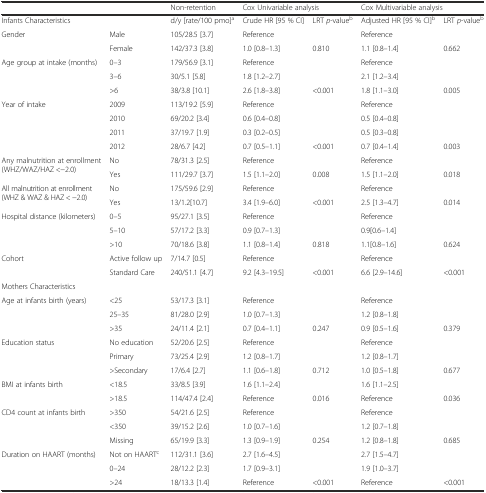
<table><thead><tr><td></td><td></td><td><b>Non-retention</b></td><td colspan="2"><b>Cox Univariable analysis</b></td><td colspan="2"><b>Cox Multivariable analysis</b></td></tr></thead><tbody><tr><td>Infants Characteristics</td><td></td><td>d/y [rate/100 pmo]<sup>a</sup></td><td>Crude HR [95 % CI]</td><td>LRT <i>p</i>-value<sup>b</sup></td><td>Adjusted HR [95 % CI]<sup>b</sup></td><td>LRT <i>p</i>-value<sup>b</sup></td></tr><tr><td rowspan="2">Gender</td><td>Male</td><td>105/28.5 [3.7]</td><td>Reference</td><td></td><td>Reference</td><td></td></tr><tr><td>Female</td><td>142/37.3 [3.8]</td><td>1.0 [0.8–1.3]</td><td>0.810</td><td>1.1 [0.8–1.4]</td><td>0.662</td></tr><tr><td rowspan="3">Age group at intake (months)</td><td>0–3</td><td>179/56.9 [3.1]</td><td>Reference</td><td></td><td>Reference</td><td></td></tr><tr><td>3–6</td><td>30/5.1 [5.8]</td><td>1.8 [1.2–2.7]</td><td></td><td>2.1 [1.2–3.4]</td><td></td></tr><tr><td>&gt;6</td><td>38/3.8 [10.1]</td><td>2.6 [1.8–3.8]</td><td>&lt;0.001</td><td>1.8 [1.1–3.0]</td><td>0.005</td></tr><tr><td rowspan="4">Year of intake</td><td>2009</td><td>113/19.2 [5.9]</td><td>Reference</td><td></td><td>Reference</td><td></td></tr><tr><td>2010</td><td>69/20.2 [3.4]</td><td>0.6 [0.4–0.8]</td><td></td><td>0.5 [0.4–0.8]</td><td></td></tr><tr><td>2011</td><td>37/19.7 [1.9]</td><td>0.3 [0.2–0.5]</td><td></td><td>0.5 [0.3–0.8]</td><td></td></tr><tr><td>2012</td><td>28/6.7 [4.2]</td><td>0.7 [0.5–1.1]</td><td>&lt;0.001</td><td>0.7 [0.4–1.4]</td><td>0.003</td></tr><tr><td rowspan="2">Any malnutrition at enrollment (WHZ/WAZ/HAZ &lt;−2.0)</td><td>No</td><td>78/31.3 [2.5]</td><td>Reference</td><td></td><td>Reference</td><td></td></tr><tr><td>Yes</td><td>111/29.7 [3.7]</td><td>1.5 [1.1–2.0]</td><td>0.008</td><td>1.5 [1.1–2.0]</td><td>0.018</td></tr><tr><td rowspan="2">All malnutrition at enrollment (WHZ &amp; WAZ &amp; HAZ &lt; −2.0)</td><td>No</td><td>175/59.6 [2.9]</td><td>Reference</td><td></td><td>Reference</td><td></td></tr><tr><td>Yes</td><td>13/1.2[10.7]</td><td>3.4 [1.9–6.0]</td><td>&lt;0.001</td><td>2.5 [1.3–4.7]</td><td>0.014</td></tr><tr><td rowspan="3">Hospital distance (kilometers)</td><td>0–5</td><td>95/27.1 [3.5]</td><td>Reference</td><td></td><td>Reference</td><td></td></tr><tr><td>5–10</td><td>57/17.2 [3.3]</td><td>0.9 [0.7–1.3]</td><td></td><td>0.9[0.6–1.4]</td><td></td></tr><tr><td>&gt;10</td><td>70/18.6 [3.8]</td><td>1.1 [0.8–1.4]</td><td>0.818</td><td>1.1[0.8–1.6]</td><td>0.624</td></tr><tr><td rowspan="2">Cohort</td><td>Active follow up</td><td>7/14.7 [0.5]</td><td>Reference</td><td></td><td>Reference</td><td></td></tr><tr><td>Standard Care</td><td>240/51.1 [4.7]</td><td>9.2 [4.3–19.5]</td><td>&lt;0.001</td><td>6.6 [2.9–14.6]</td><td>&lt;0.001</td></tr><tr><td colspan="7">Mothers Characteristics</td></tr><tr><td rowspan="3">Age at infants birth (years)</td><td>&lt;25</td><td>53/17.3 [3.1]</td><td>Reference</td><td></td><td>Reference</td><td></td></tr><tr><td>25–35</td><td>81/28.0 [2.9]</td><td>1.0 [0.7–1.3]</td><td></td><td>1.2 [0.8–1.8]</td><td></td></tr><tr><td>&gt;35</td><td>24/11.4 [2.1]</td><td>0.7 [0.4–1.1]</td><td>0.247</td><td>0.9 [0.5–1.6]</td><td>0.379</td></tr><tr><td rowspan="3">Education status</td><td>No education</td><td>52/20.6 [2.5]</td><td>Reference</td><td></td><td>Reference</td><td></td></tr><tr><td>Primary</td><td>73/25.4 [2.9]</td><td>1.2 [0.8–1.7]</td><td></td><td>1.2 [0.8–1.7]</td><td></td></tr><tr><td>&gt;Secondary</td><td>17/6.4 [2.7]</td><td>1.1 [0.6–1.8]</td><td>0.712</td><td>1.0 [0.5–1.8]</td><td>0.677</td></tr><tr><td rowspan="2">BMI at infants birth</td><td>&lt;18.5</td><td>33/8.5 [3.9]</td><td>1.6 [1.1–2.4]</td><td></td><td>1.6 [1.1–2.5]</td><td></td></tr><tr><td>&gt;18.5</td><td>114/47.4 [2.4]</td><td>Reference</td><td>0.016</td><td>Reference</td><td>0.036</td></tr><tr><td rowspan="3">CD4 count at infants birth</td><td>&gt;350</td><td>54/21.6 [2.5]</td><td>Reference</td><td></td><td>Reference</td><td></td></tr><tr><td>&lt;350</td><td>39/15.2 [2.6]</td><td>1.0 [0.7–1.6]</td><td></td><td>1.2 [0.7–1.8]</td><td></td></tr><tr><td>Missing</td><td>65/19.9 [3.3]</td><td>1.3 [0.9–1.9]</td><td>0.254</td><td>1.2 [0.8–1.8]</td><td>0.685</td></tr><tr><td rowspan="3">Duration on HAART (months)</td><td>Not on HAART<sup>c</sup></td><td>112/31.1 [3.6]</td><td>2.7 [1.6–4.5]</td><td></td><td>2.7 [1.5–4.7]</td><td></td></tr><tr><td>0–24</td><td>28/12.2 [2.3]</td><td>1.7 [0.9–3.1]</td><td></td><td>1.9 [1.0–3.7]</td><td></td></tr><tr><td>&gt;24</td><td>18/13.3 [1.4]</td><td>Reference</td><td>&lt;0.001</td><td>Reference</td><td>&lt;0.001</td></tr></tbody></table>